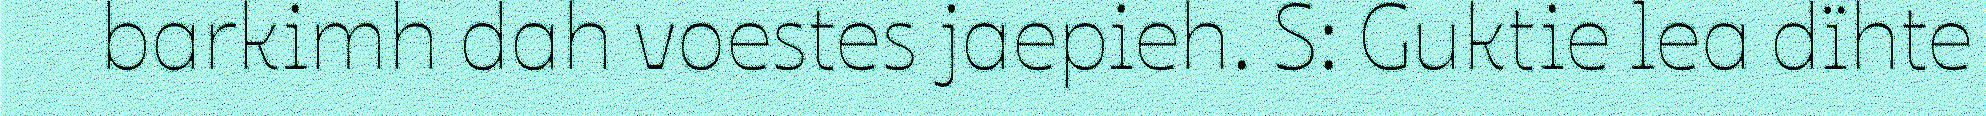
barkimh dah voestes jaepieh. S: Guktie lea dïhte